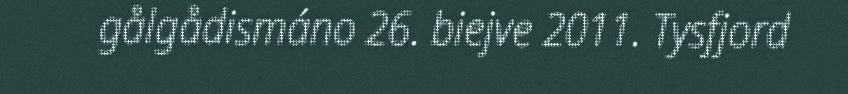
gålgådismáno 26. biejve 2011. Tysfjord